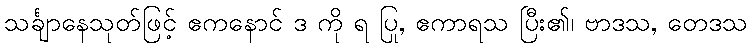
သင်္ချာနေသုတ်ဖြင့် ဧကနောင် ဒ ကို ရ ပြု, ဧကာရသ ပြီး၏၊ ဗာဒသ, တေဒသ